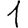
Digit: 1